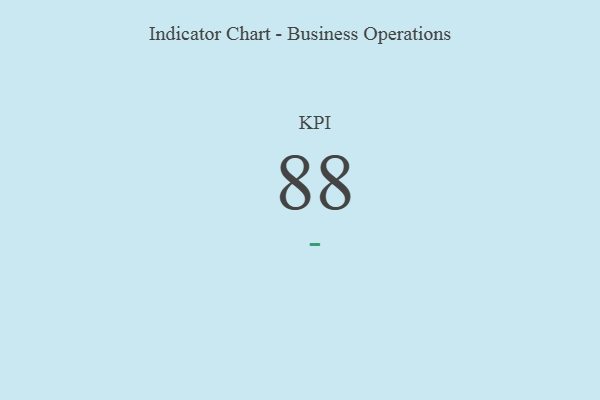
{"axis": {"x": "KPI", "y": "Value"}, "legend": [""], "data": [{"x": "KPI", "y": 88, "type": ""}]}